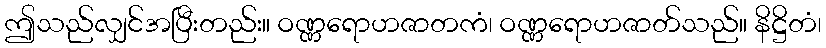
ဤသည်လျှင်အပြီးတည်း။ ဝဏ္ဏရောဟဇာတကံ၊ ဝဏ္ဏရောဟဇာတ်သည်။ နိဋ္ဌိတံ၊